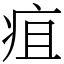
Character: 疽